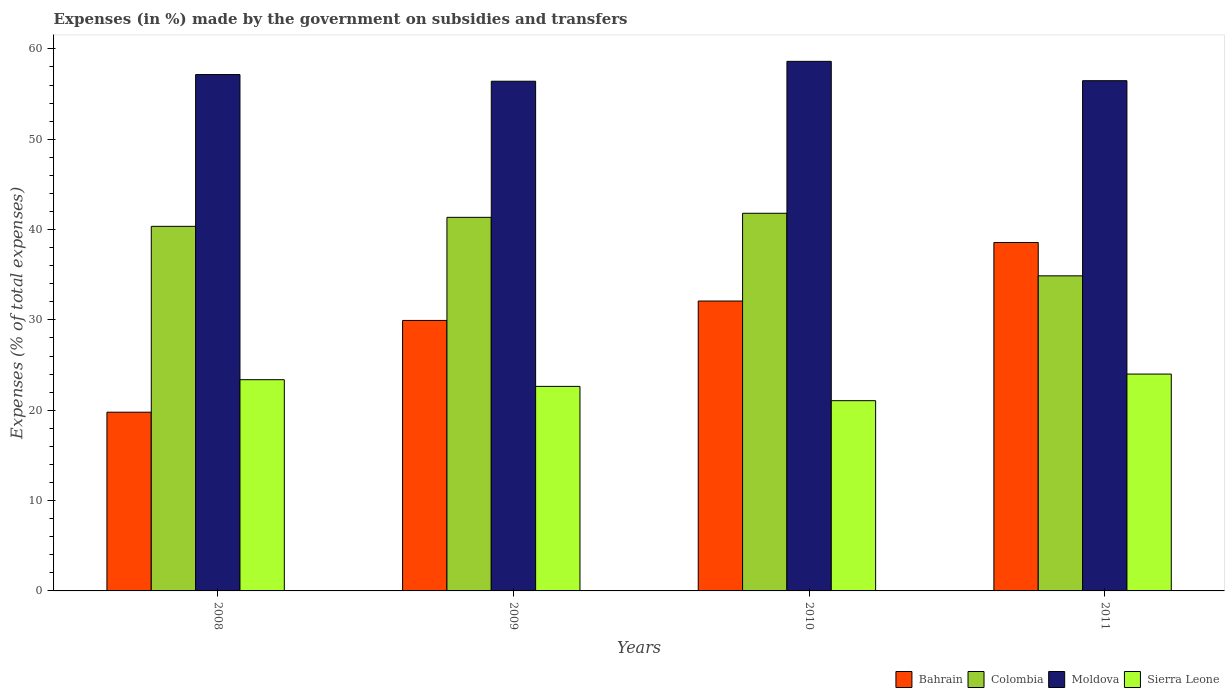
| Years | Bahrain | Colombia | Moldova | Sierra Leone |
 | --- | --- | --- | --- | --- |
 | 2008 | 19.8 | 40.4 | 57.2 | 23.4 |
 | 2009 | 29.9 | 41.4 | 56.4 | 22.6 |
 | 2010 | 32.1 | 41.8 | 58.6 | 21.1 |
 | 2011 | 38.6 | 34.9 | 56.5 | 24 |